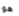
هو